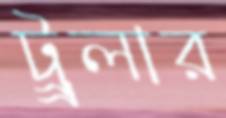
ট্র্রলার